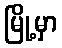
မြို့မှာ